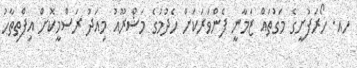
ހއ. ހޯރަފުށީގެ މަގުތައް ޒަމާނީ ފެންވަރަކަށް ހެދުމުގެ މަޝްރޫއު މިއަދު ރަސްމީކޮށް އިފްތިތާހު